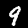
Label: 9